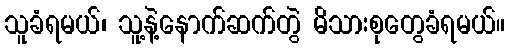
သူခံရမယ်၊ သူ့နဲ့နောက်ဆက်တွဲ မိသားစုတွေခံရမယ်။